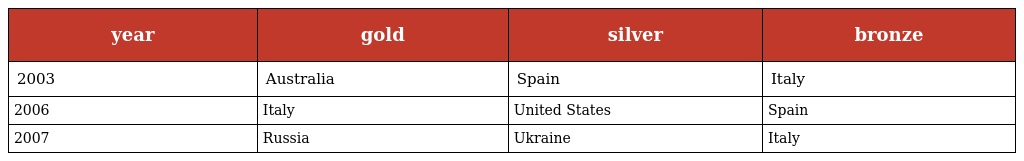
| year | gold | silver | bronze |
 | --- | --- | --- | --- |
 | 2003 | Australia | Spain | Italy |
 | 2006 | Italy | United States | Spain |
 | 2007 | Russia | Ukraine | Italy |